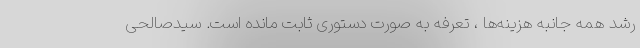
رشد همه جانبه هزینه‌ها ، تعرفه به صورت دستوری ثابت مانده است. سیدصالحی